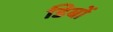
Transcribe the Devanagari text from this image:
डिबों